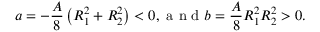
a = - \frac { A } { 8 } \left( R _ { 1 } ^ { 2 } + R _ { 2 } ^ { 2 } \right) < 0 , \mathrm { ~ a ~ n ~ d ~ } b = \frac { A } { 8 } R _ { 1 } ^ { 2 } R _ { 2 } ^ { 2 } > 0 .